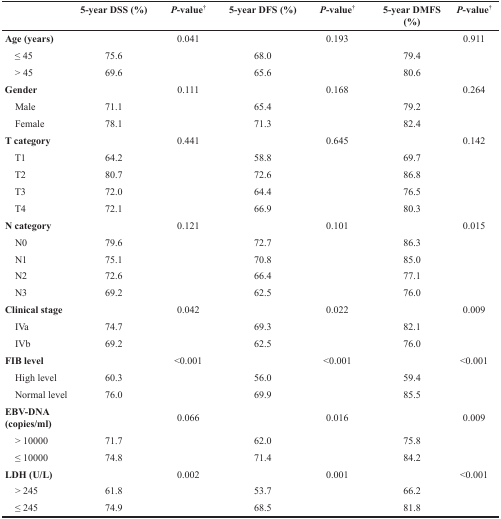
|  | 5-year DSS (%) | P-value† | 5-year DFS (%) | P-value† | 5-year DMFS (%) | P-value† |
 | --- | --- | --- | --- | --- | --- | --- |
 | Age (years) |  | 0.041 |  | 0.193 |  | 0.911 |
 | ≤ 45 | 75.6 |  | 68.0 |  | 79.4 |  |
 | > 45 | 69.6 |  | 65.6 |  | 80.6 |  |
 | Gender |  | 0.111 |  | 0.168 |  | 0.264 |
 | Male | 71.1 |  | 65.4 |  | 79.2 |  |
 | Female | 78.1 |  | 71.3 |  | 82.4 |  |
 | T category |  | 0.441 |  | 0.645 |  | 0.142 |
 | T1 | 64.2 |  | 58.8 |  | 69.7 |  |
 | T2 | 80.7 |  | 72.6 |  | 86.8 |  |
 | T3 | 72.0 |  | 64.4 |  | 76.5 |  |
 | T4 | 72.1 |  | 66.9 |  | 80.3 |  |
 | N category |  | 0.121 |  | 0.101 |  | 0.015 |
 | N0 | 79.6 |  | 72.7 |  | 86.3 |  |
 | N1 | 75.1 |  | 70.8 |  | 85.0 |  |
 | N2 | 72.6 |  | 66.4 |  | 77.1 |  |
 | N3 | 69.2 |  | 62.5 |  | 76.0 |  |
 | Clinical stage |  | 0.042 |  | 0.022 |  | 0.009 |
 | IVa | 74.7 |  | 69.3 |  | 82.1 |  |
 | IVb | 69.2 |  | 62.5 |  | 76.0 |  |
 | FIB level |  | <0.001 |  | <0.001 |  | <0.001 |
 | High level | 60.3 |  | 56.0 |  | 59.4 |  |
 | Normal level | 76.0 |  | 69.9 |  | 85.5 |  |
 | EBV-DNA (copies/ml) |  | 0.066 |  | 0.016 |  | 0.009 |
 | > 10000 | 71.7 |  | 62.0 |  | 75.8 |  |
 | ≤ 10000 | 74.8 |  | 71.4 |  | 84.2 |  |
 | LDH (U/L) |  | 0.002 |  | 0.001 |  | <0.001 |
 | > 245 | 61.8 |  | 53.7 |  | 66.2 |  |
 | ≤ 245 | 74.9 |  | 68.5 |  | 81.8 |  |